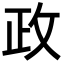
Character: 政